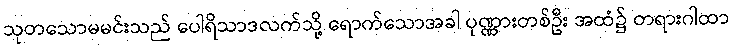
သုတသောမမင်းသည် ပေါရိသာဒလက်သို့ ရောက်သောအခါ ပုဏ္ဏားတစ်ဦး အထံ၌ တရားဂါထာ